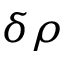
\delta \rho